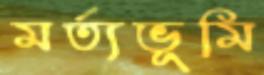
মর্ত্যভূমি